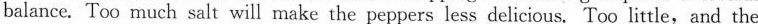
balance. Too much salt will make the peppers less delicious. Too little,and the